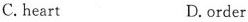
C.heart D.order